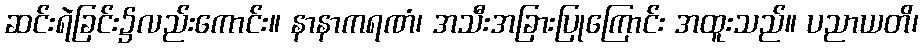
ဆင်းရဲခြင်း၌လည်းကောင်း။ နာနာကရဏံ၊ အသီးအခြားပြုကြောင်း အထူးသည်။ ပညာယတိ၊